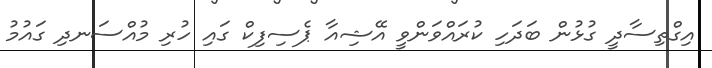
އިގްތިސާދީ ގުޅުން ބަދަހި ކުރައްވަންވީ އޭޝިއާ ޕެސިފިކް ގައި ހުރި މުއްސަނދި ގައުމު